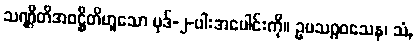
သဏ္ဌိတိအဝဋ္ဌိတိဟူသော ပုဒ်-၂-ပါးအပေါင်းကို။ ဥပသဂ္ဂဝသေန၊ သံ,